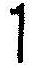
1